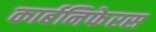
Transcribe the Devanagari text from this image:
कार्बनिफेरस